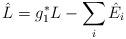
LaTeX: \begin{align*} \hat L = g_1^*L - \sum_{i }\hat E_i\end{align*}